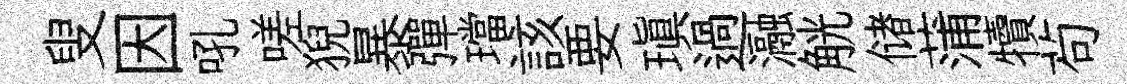
叟因吼嗟猊暴彈璫該要瑱過瀜觥储蒲犢茍